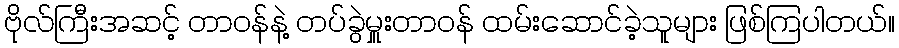
ဗိုလ်ကြီးအဆင့် တာဝန်နဲ့ တပ်ခွဲမှူးတာဝန် ထမ်းဆောင်ခဲ့သူများ ဖြစ်ကြပါတယ်။